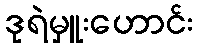
ဒုရဲမှူးဟောင်း